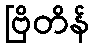
ဗြိတိန်